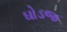
ઘોડજ